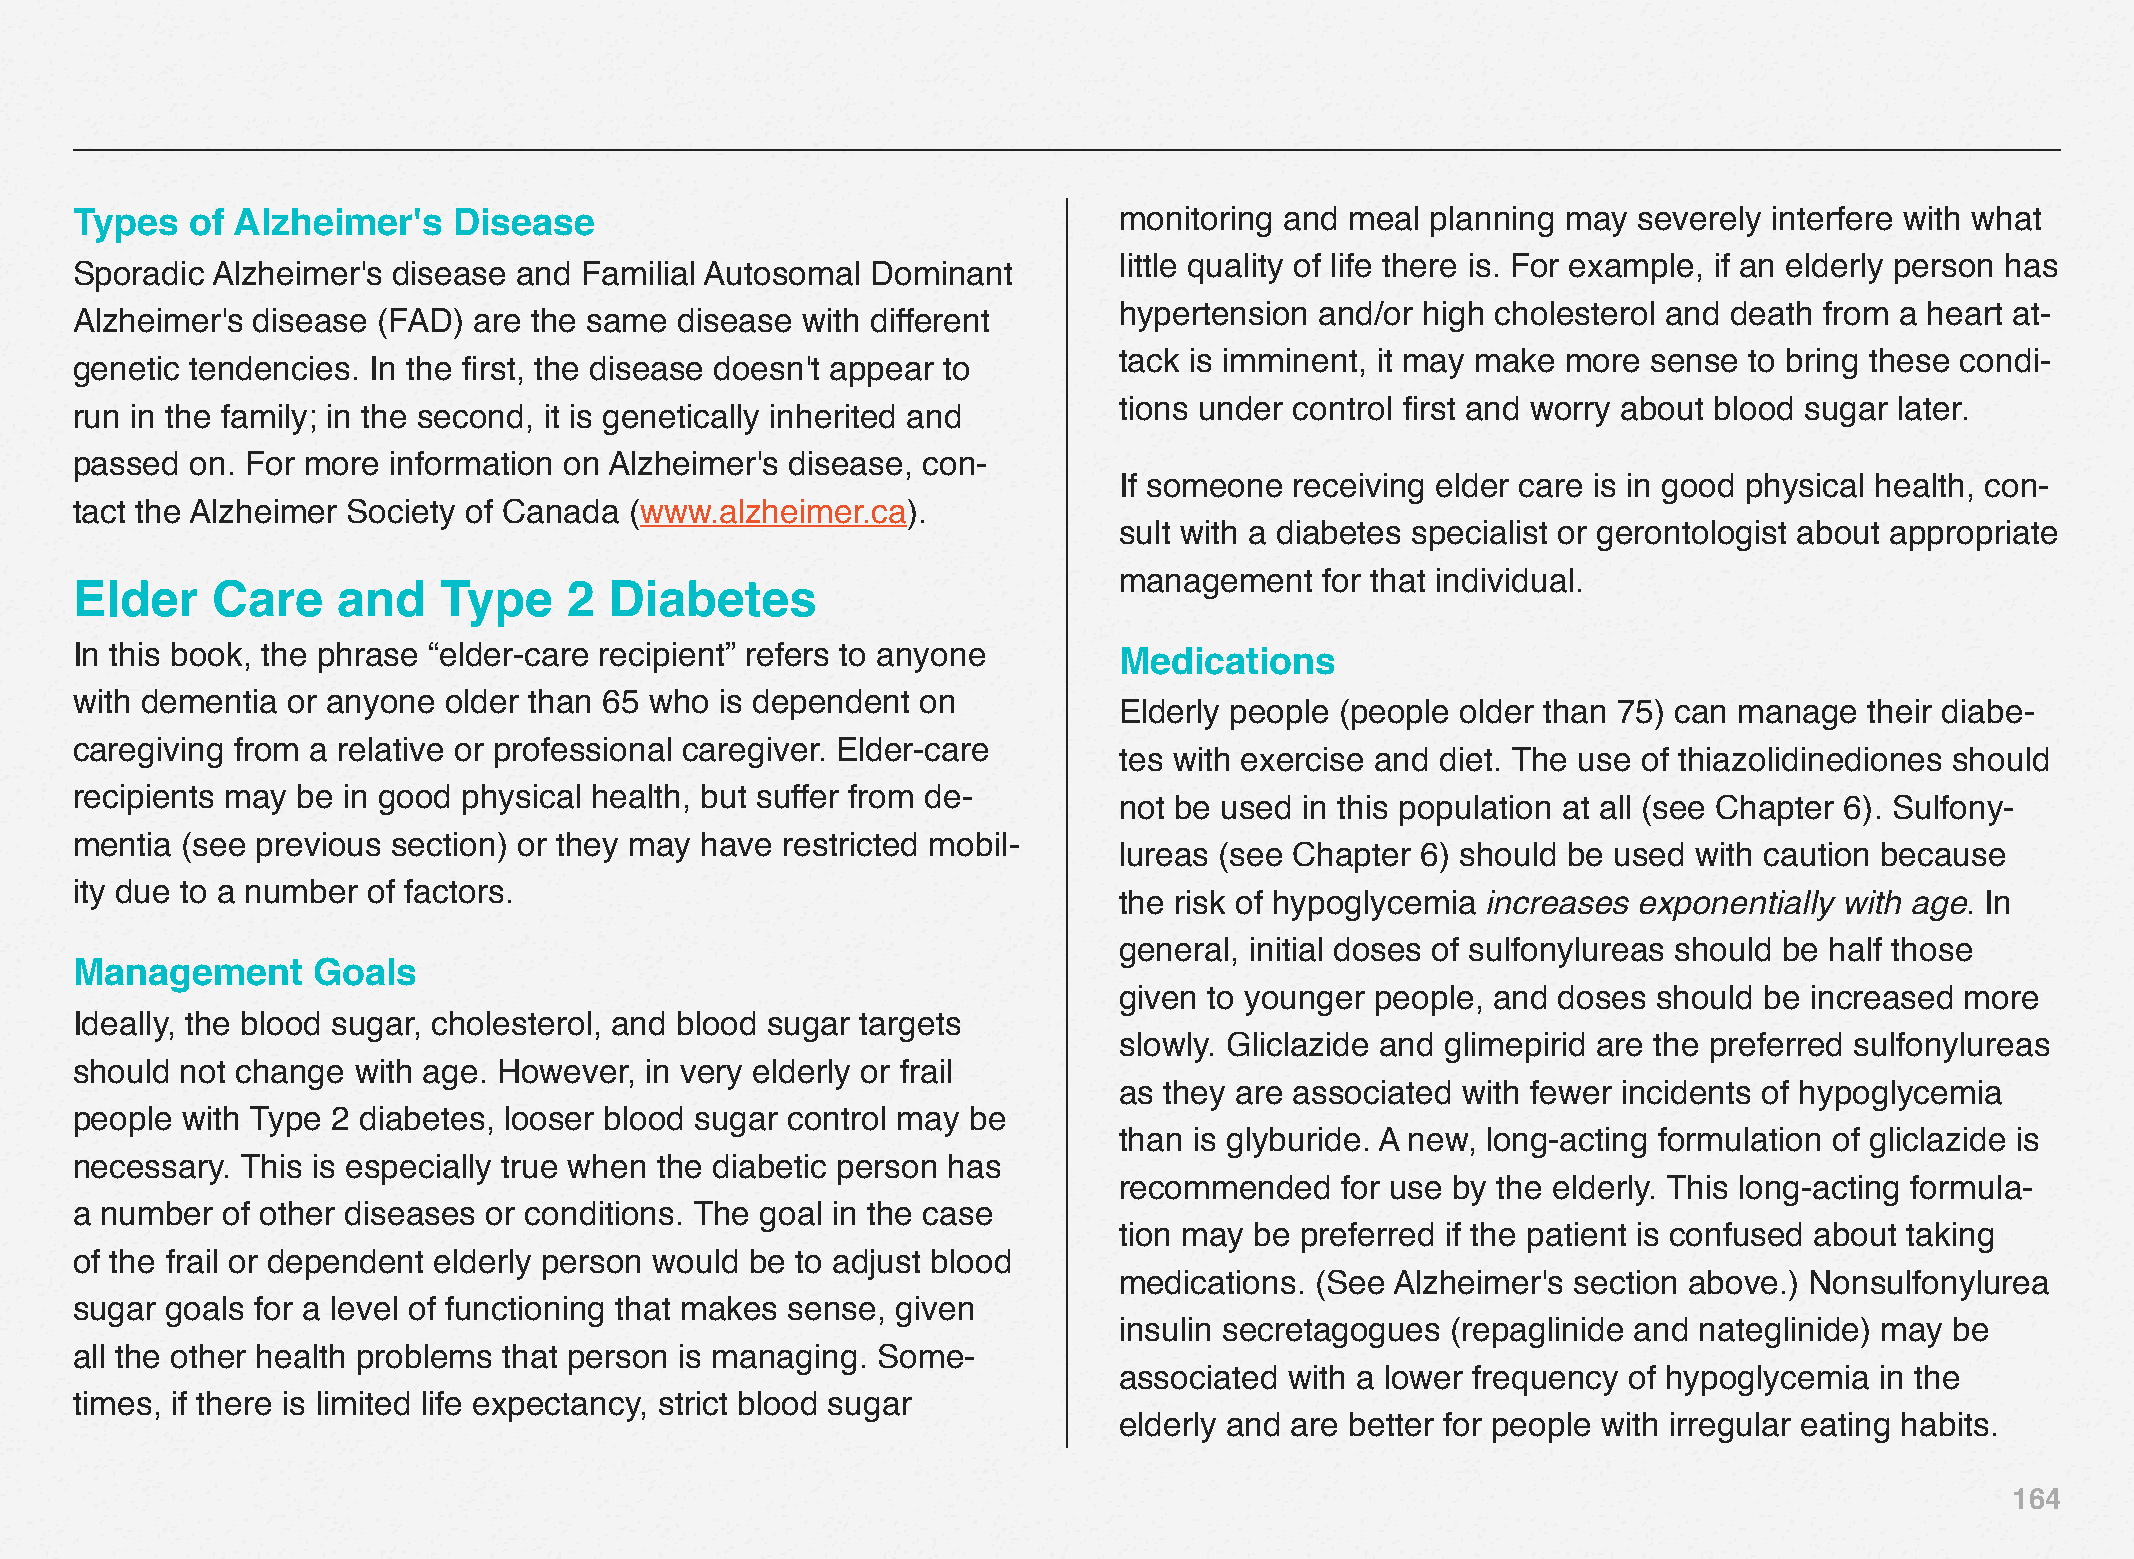
Types   of Alzheimer's   Disease                                     monitoring and meal  planning may severely interfere with what
 little quality of life there is. For example, if an elderly person has
 Sporadic Alzheimer's disease and Familial Autosomal  Dominant
 hypertension and/or high cholesterol and death from a heart at-
 Alzheimer's disease (FAD) are the same  disease with different
 tack is imminent, it may make more sense  to bring these condi-
 genetic tendencies. In the first, the disease doesn't appear to
 tions under control first and worry about blood sugar later.
 run in the family; in the second, it is genetically inherited and
 passed  on. For more information on Alzheimer's disease, con-
 If someone  receiving elder care is in good physical health, con-
 tact the Alzheimer Society of Canada (www.alzheimer.ca).
 sult with a diabetes specialist or gerontologist about appropriate
 management    for that individual.
 Elder    Care    and    Type     2 Diabetes
 In this book, the phrase “elder-care recipient” refers to anyone     Medications
 with dementia or anyone older than 65 who  is dependent on
 Elderly people (people older than 75) can manage  their diabe-
 caregiving from a relative or professional caregiver. Elder-care
 tes with exercise and diet. The use of thiazolidinediones should
 recipients may be in good physical health, but suffer from de-
 not be used in this population at all (see Chapter 6). Sulfony-
 mentia (see previous section) or they may have restricted mobil-
 lureas (see Chapter 6) should be used with caution because
 ity due to a number of factors.
 the risk of hypoglycemia increases exponentially with age. In
 general, initial doses of sulfonylureas should be half those
 Management      Goals
 given to younger people, and doses  should be increased more
 Ideally, the blood sugar, cholesterol, and blood sugar targets
 slowly. Gliclazide and glimepirid are the preferred sulfonylureas
 should not change with age. However,  in very elderly or frail
 as they are associated with fewer incidents of hypoglycemia
 people with Type 2 diabetes, looser blood sugar control may be
 than is glyburide. A new, long-acting formulation of gliclazide is
 necessary. This is especially true when the diabetic person has
 recommended    for use by the elderly. This long-acting formula-
 a number  of other diseases or conditions. The goal in the case
 tion may be preferred if the patient is confused about taking
 of the frail or dependent elderly person would be to adjust blood
 medications. (See Alzheimer's section above.) Nonsulfonylurea
 sugar goals for a level of functioning that makes sense, given
 insulin secretagogues (repaglinide and nateglinide) may be
 all the other health problems that person is managing. Some-
 associated with a lower frequency of hypoglycemia in the
 times, if there is limited life expectancy, strict blood sugar
 elderly and are better for people with irregular eating habits.
 164